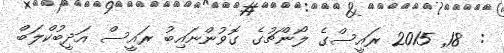
:  18